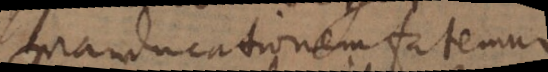
manducationem fatemur,